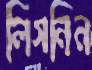
লিগনিন